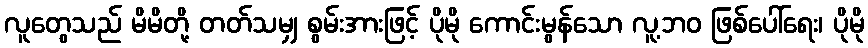
လူတွေသည် မိမိတို့ တတ်သမျှ စွမ်းအားဖြင့် ပိုမို ကောင်းမွန်သော လူ့ဘဝ ဖြစ်ပေါ်ရေး၊ ပိုမို